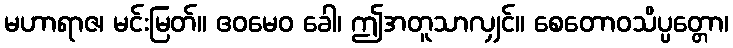
မဟာရာဇ၊ မင်းမြတ်။ ဧဝမေဝ ခေါ၊ ဤအတူသာလျှင်။ စေတောဝသိပ္ပတ္တော၊